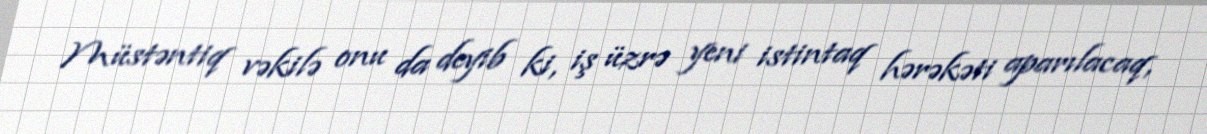
Müstəntiq vəkilə onu da deyib ki, iş üzrə yeni istintaq hərəkəti aparılacaq,